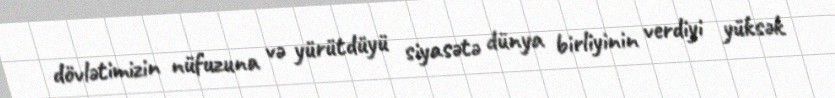
dövlətimizin nüfuzuna və yürütdüyü siyasətə dünya birliyinin verdiyi yüksək